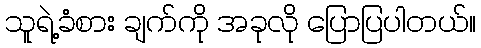
သူရဲ့ခံစား ချက်ကို အခုလို ပြောပြပါတယ်။